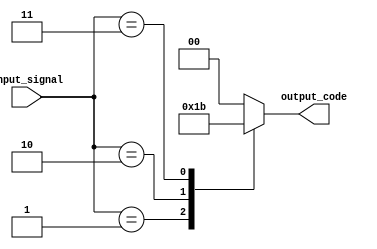
module encoder (
    input [3:0] input_signal,
    output reg [1:0] output_code
);

always @(*)
begin
    case(input_signal)
        4'b0000: output_code = 2'b00;
        4'b0001: output_code = 2'b01;
        4'b0010: output_code = 2'b10;
        4'b0011: output_code = 2'b11;
        // Add more cases as needed
        default: output_code = 2'b00; // Default case
    endcase
end

endmodule